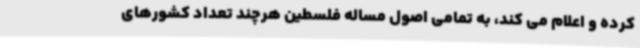
کرده و اعلام می کند، به تمامی اصول مساله فلسطین هرچند تعداد کشورهای